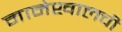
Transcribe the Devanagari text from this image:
मानेखालची